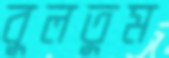
বুলতুম